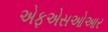
એફએસઓઆર